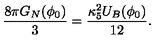
\frac { 8 \pi G _ { N } ( \phi _ { 0 } ) } { 3 } = \frac { \kappa _ { 5 } ^ { 2 } U _ { B } ( \phi _ { 0 } ) } { 1 2 } .